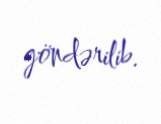
göndərilib.